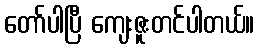
တော်ပါပြီ ကျေးဇူးတင်ပါတယ်။